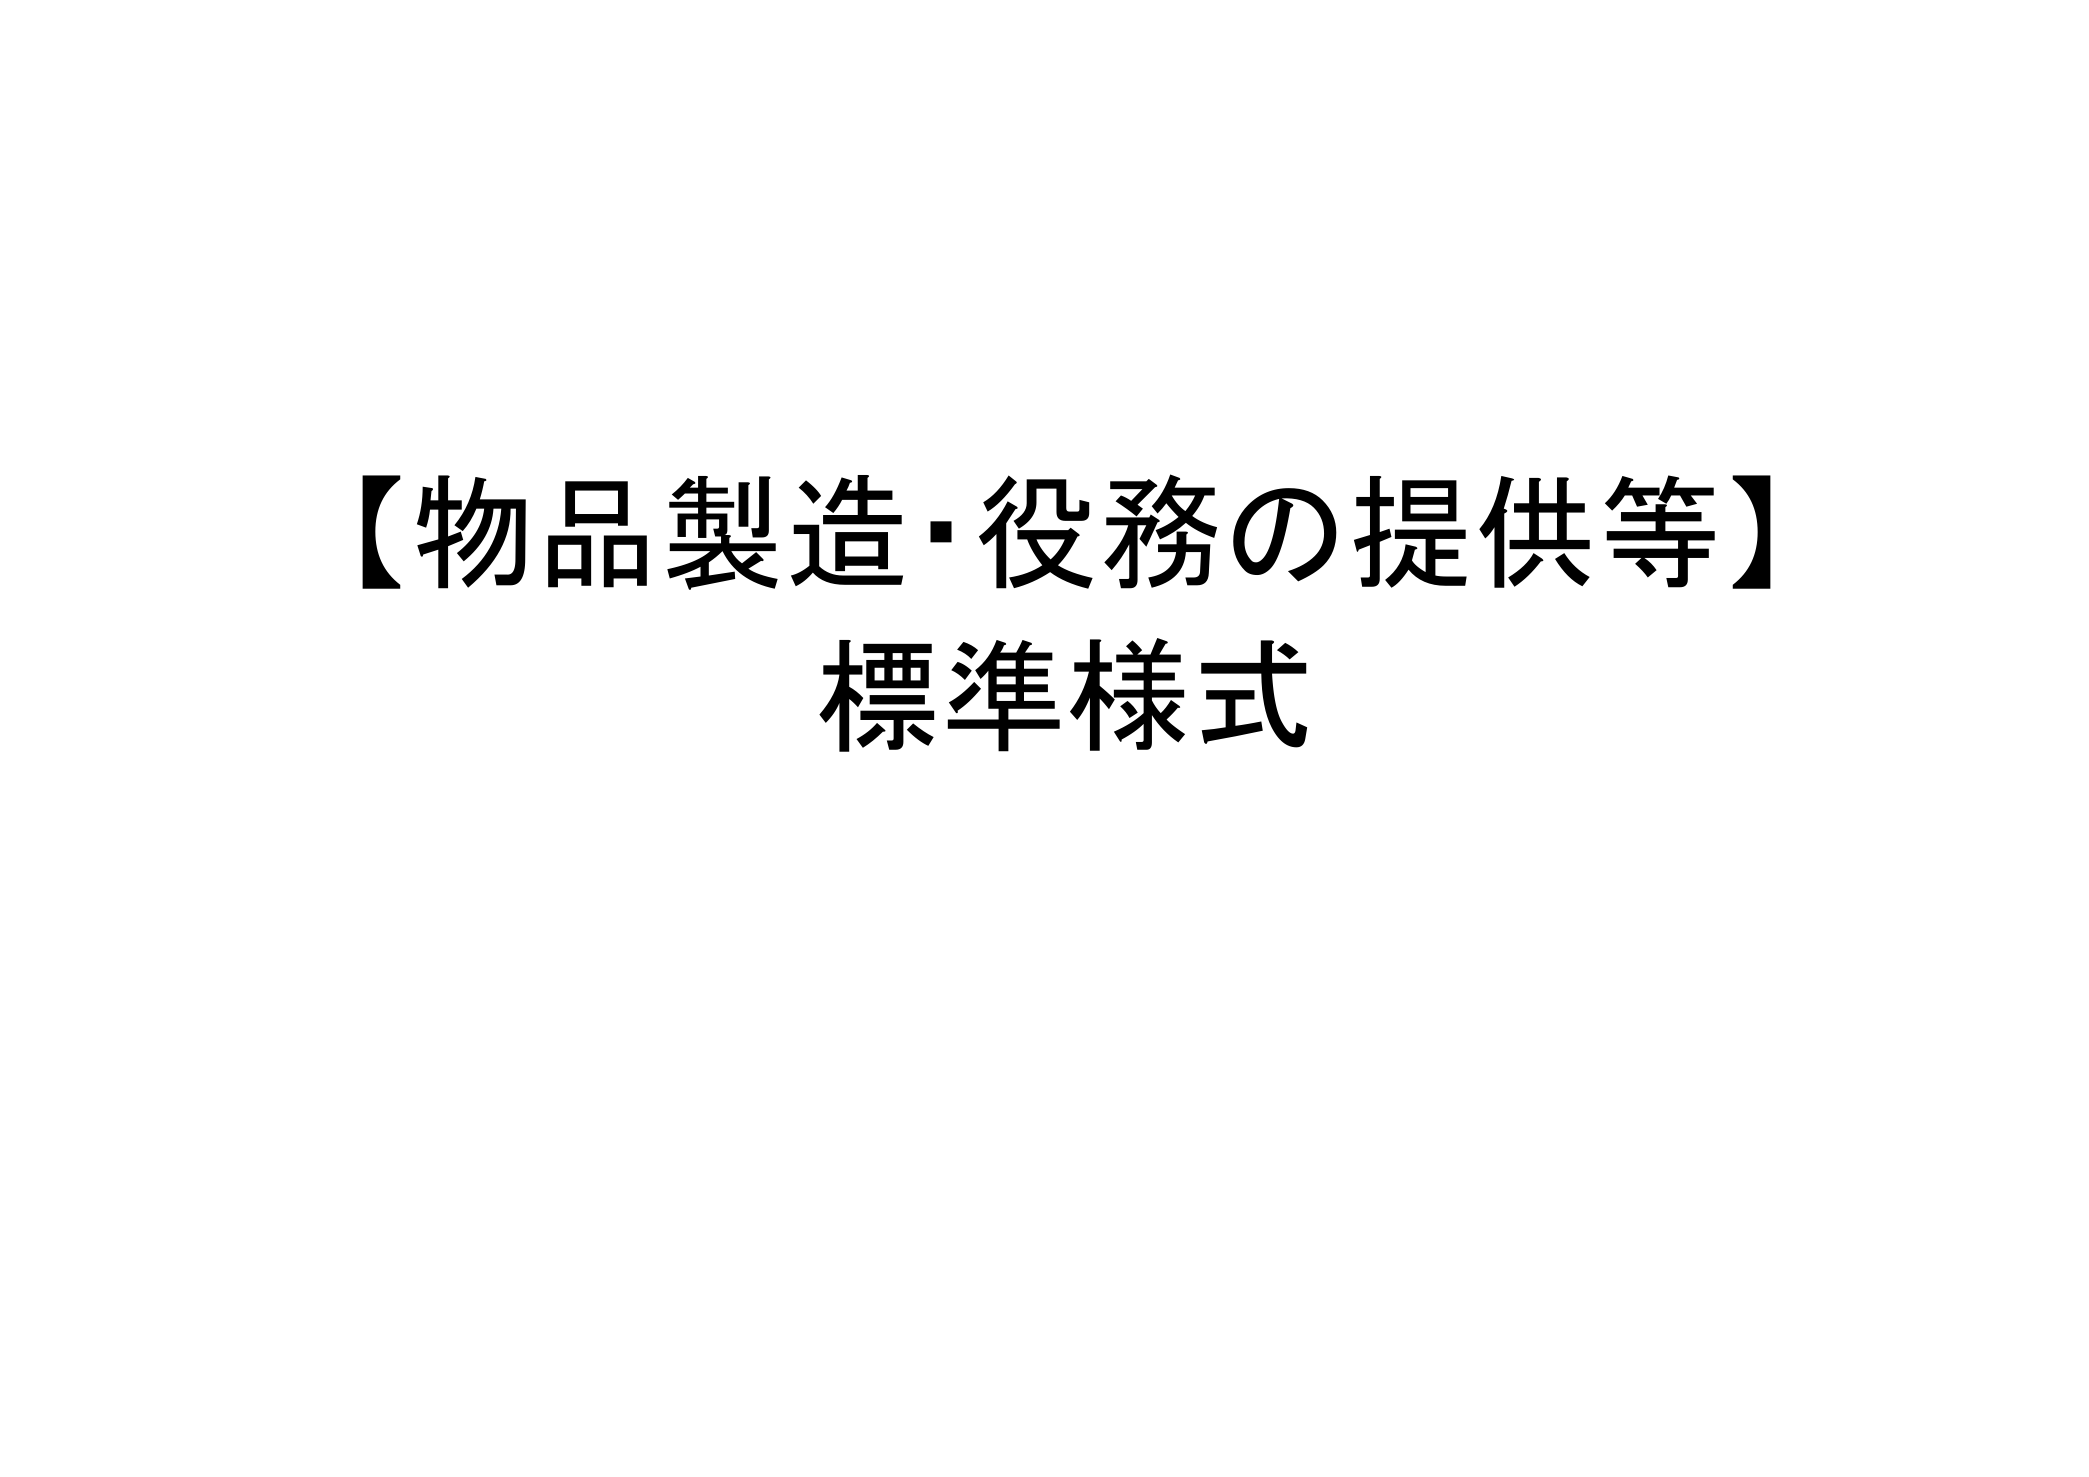
【物品製造・役務の提供等】
標準様式